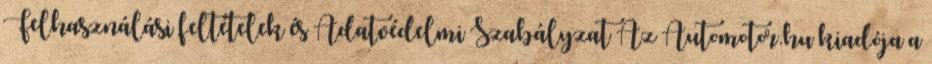
Felhasználási feltételek és Adatvédelmi Szabályzat Az Automotor.hu kiadója a